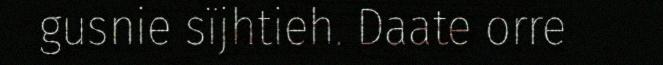
gusnie sïjhtieh. Daate orre